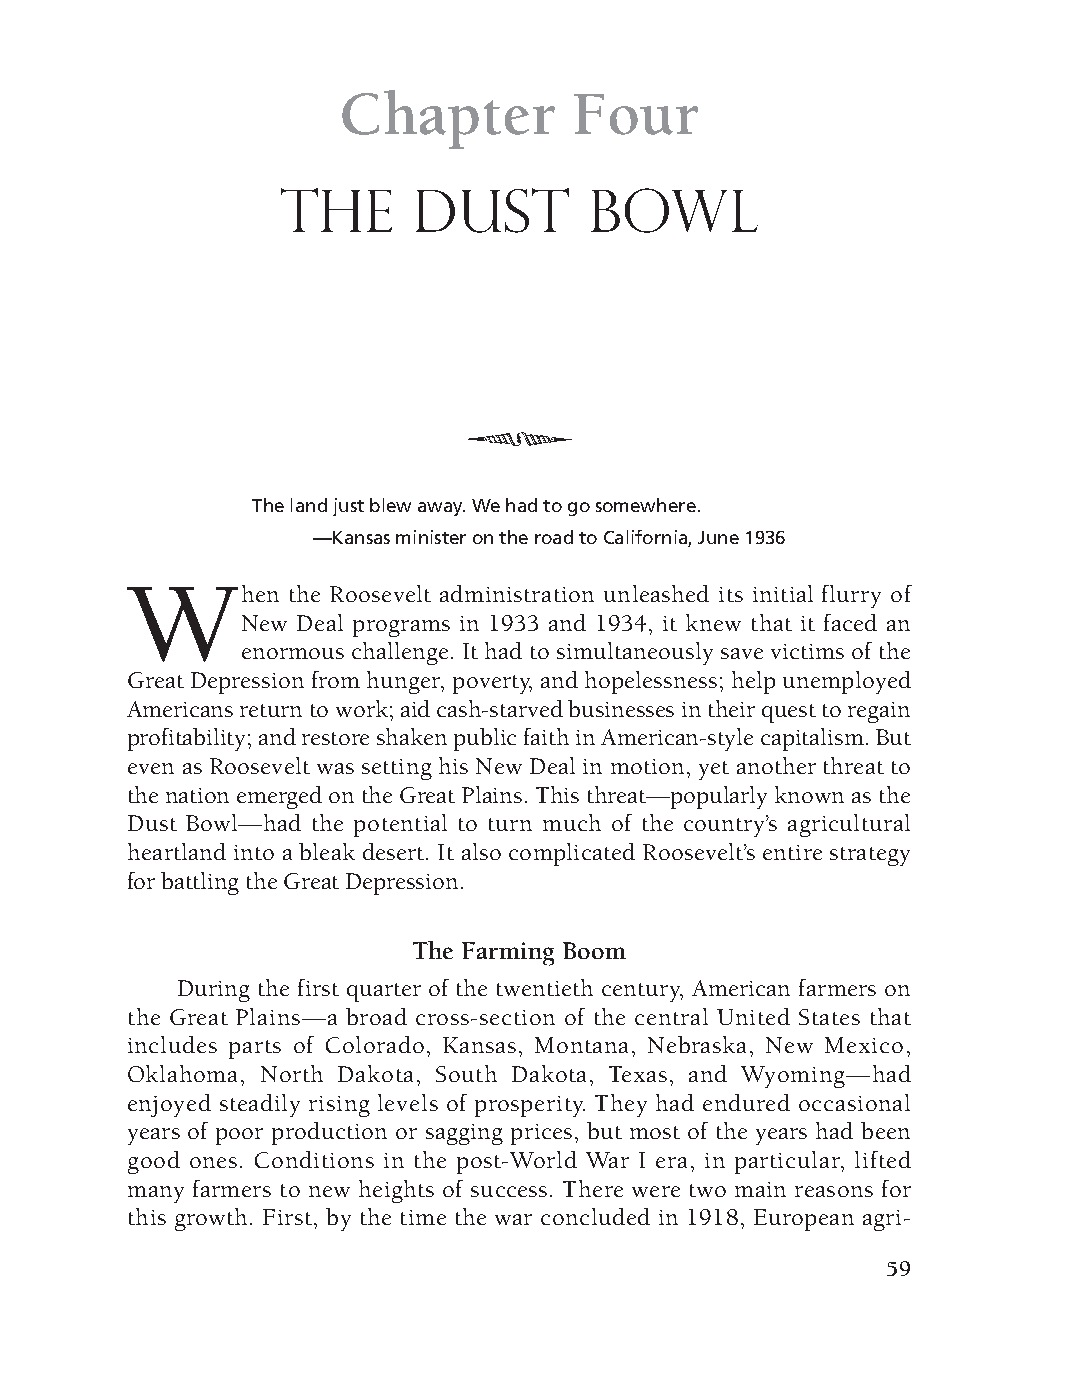
DM - Depression 9/19/08 3:56 PM Page 59
 Chapter        Four
 The     Dust        Bowl
 5
 The land just blew away. We had to go somewhere.
 —Kansas minister on the road to California, June 1936
 W
 hen the Roosevelt administration unleashed its initial flurry of
 New Deal programs in 1933 and 1934, it knew that it faced an
 enormous challenge. It had to simultaneously save victims of the
 Great Depression from hunger, poverty, and hopelessness; help unemployed
 Americans return to work; aid cash-starved businesses in their quest to regain
 profitability; and restore shaken public faith in American-style capitalism. But
 even as Roosevelt was setting his New Deal in motion, yet another threat to
 the nation emerged on the Great Plains. This threat—popularly known as the
 Dust Bowl—had the potential to turn much of the country’s agricultural
 heartland into a bleak desert. It also complicated Roosevelt’s entire strategy
 for battling the Great Depression.
 The Farming Boom
 During the first quarter of the twentieth century, American farmers on
 the Great Plains—a broad cross-section of the central United States that
 includes parts of Colorado, Kansas, Montana, Nebraska, New Mexico,
 Oklahoma, North Dakota, South Dakota, Texas, and Wyoming—had
 enjoyed steadily rising levels of prosperity. They had endured occasional
 years of poor production or sagging prices, but most of the years had been
 good ones. Conditions in the post-World War I era, in particular, lifted
 many farmers to new heights of success. There were two main reasons for
 this growth. First, by the time the war concluded in 1918, European agri-
 59